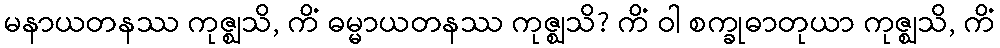
မနာယတနဿ ကုဇ္ဈသိ, ကိံ ဓမ္မာယတနဿ ကုဇ္ဈသိ? ကိံ ဝါ စက္ခုဓာတုယာ ကုဇ္ဈသိ, ကိံ